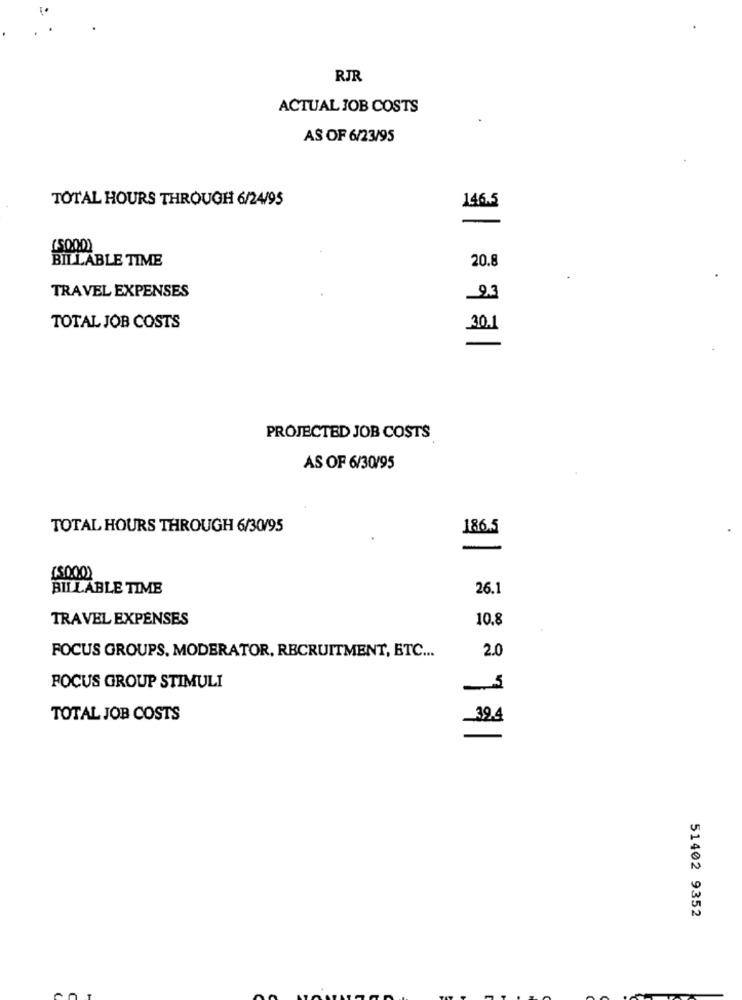
RJR
ACTUAL JOB COSTS
AS OF 6/23/95
TOTAL HOURS THROUGH 6/24/95
146.5
-
BILLABLE TIME
20.8
TRAVEL EXPENSES
9.3
TOTAL JOB COSTS
30.1
-
PROJECTED JOB COSTS
AS OF 6/30/95
TOTAL HOURS THROUGH 6/30/95
186.5
BILLABLE TIME
26.1
TRAVEL EXPENSES
10.8
FOCUS GROUPS. MODERATOR, RECRUITMENT, ETC ...
2.0
FOCUS GROUP STIMULI
TOTAL JOB COSTS
394
51402 9352